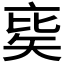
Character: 𥏉